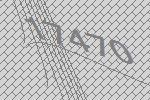
17470